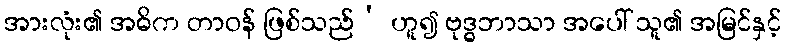
အားလုံး၏ အဓိက တာဝန် ဖြစ်သည်’ ဟူ၍ ဗုဒ္ဓဘာသာ အပေါ် သူ၏ အမြင်နှင့်